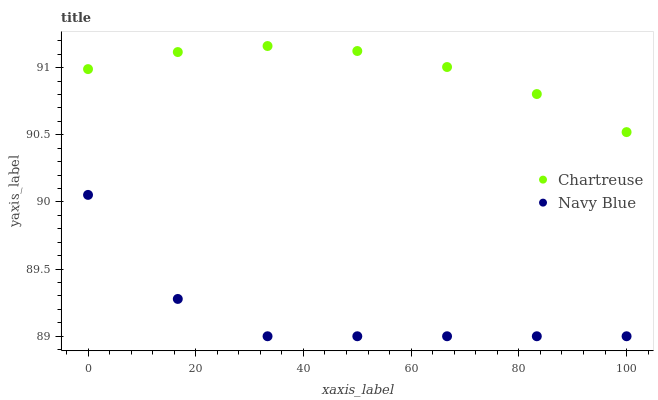
| xaxis_label | Chartreuse | Navy Blue |
 | --- | --- | --- |
 | 0 | 91 | 90.1 |
 | 16.7 | 91.1 | 89.3 |
 | 33.3 | 91.2 | 89 |
 | 50 | 91.1 | 89 |
 | 66.7 | 91 | 89 |
 | 83.3 | 90.8 | 89 |
 | 100 | 90.5 | 89 |